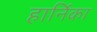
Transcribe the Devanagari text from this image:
हार्निका